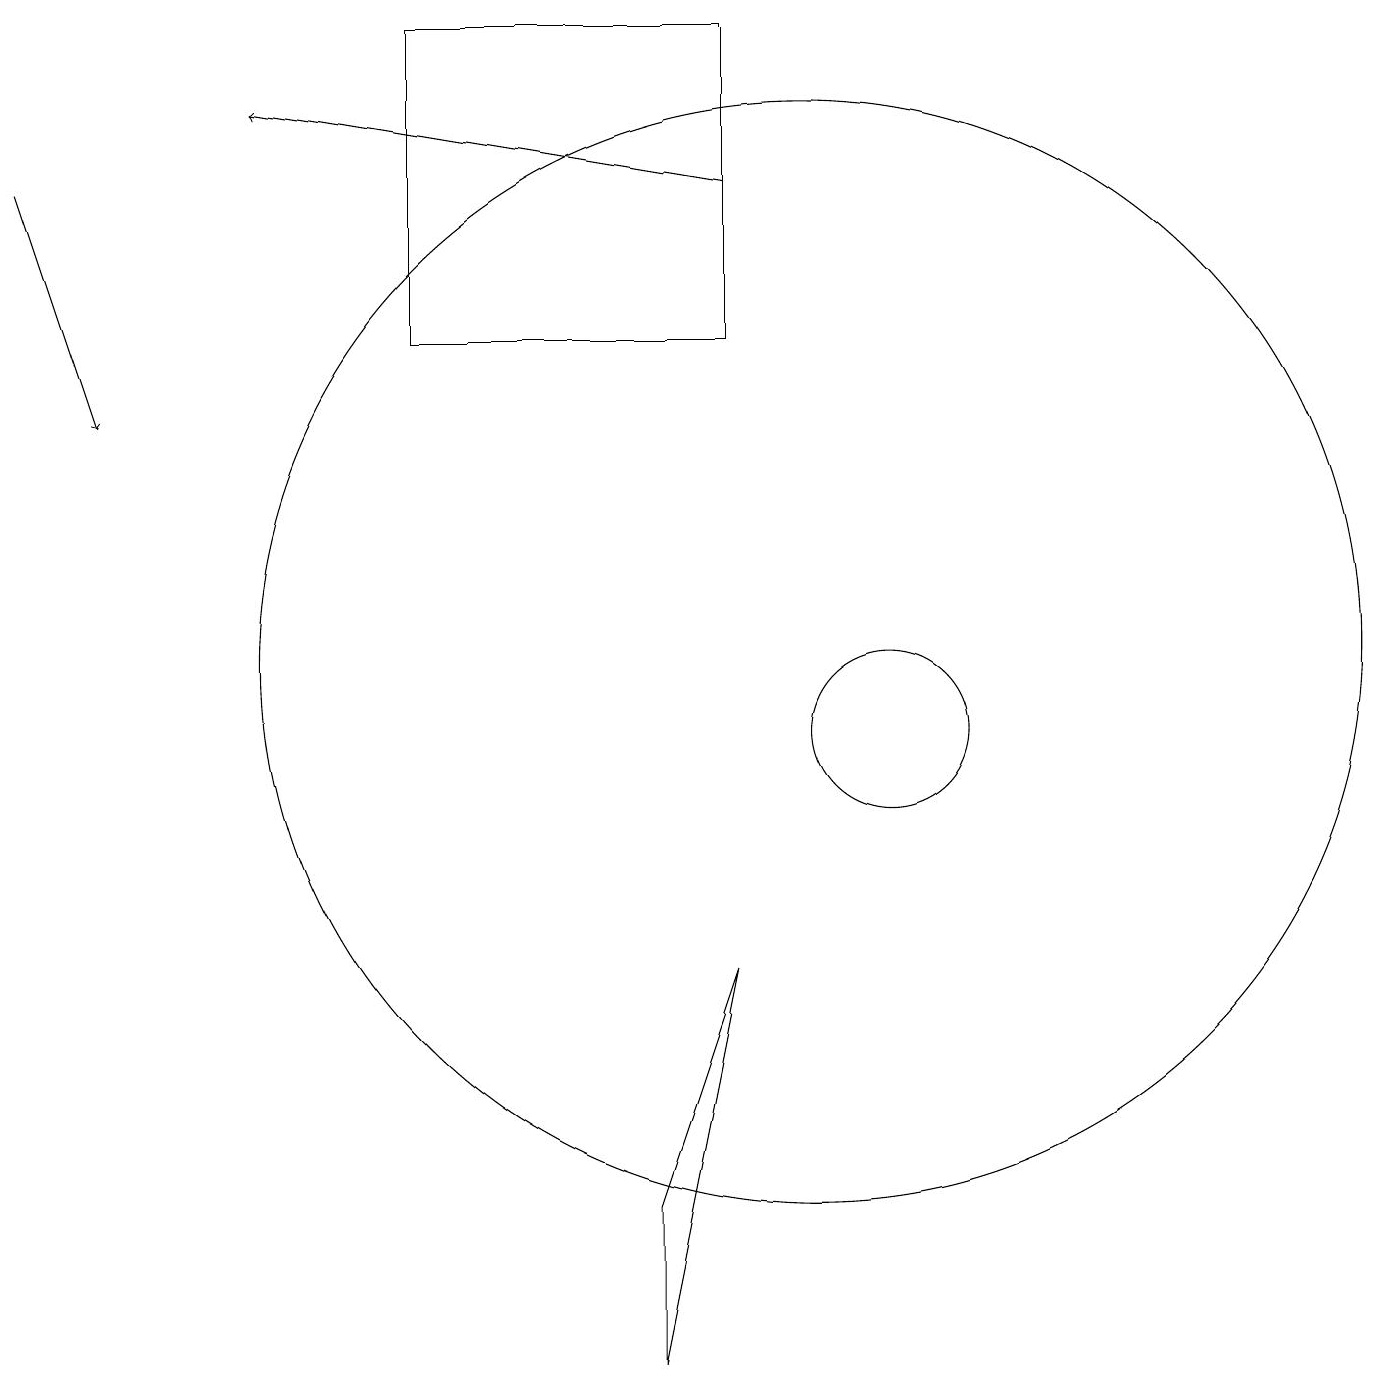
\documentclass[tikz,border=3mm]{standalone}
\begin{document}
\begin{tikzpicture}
\draw (8,2) -- (9,7) -- (8,4) -- cycle;
\draw[->] (9,17) -- (3,18);
\draw (5,19) rectangle (9,15);
\draw (11,10) circle (1);
\draw[->] (0,17) -- (1,14);
\draw (10,11) circle (7);
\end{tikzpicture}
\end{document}